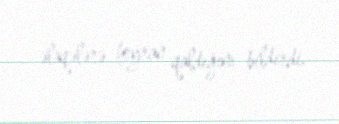
əlaqələrə heyran qaldığını bildirdi.